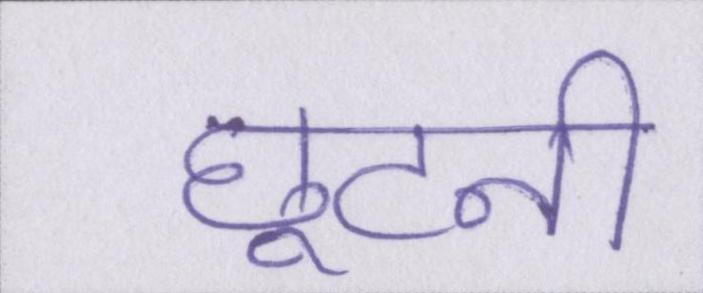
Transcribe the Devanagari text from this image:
छूटनी